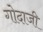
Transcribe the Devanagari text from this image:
गोदाजी